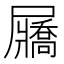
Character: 屫